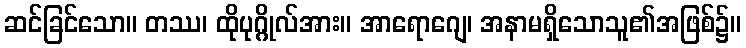
ဆင်ခြင်သော။ တဿ၊ ထိုပုဂ္ဂိုလ်အား။ အာရောဂျေ၊ အနာမရှိသောသူ၏အဖြစ်၌။